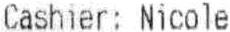
CASHIER: NICOLE